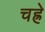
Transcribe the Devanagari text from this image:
चह्रे